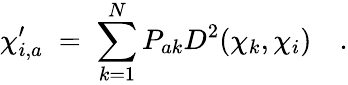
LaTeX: \chi_{i,a}^{\prime}\; =\; \sum_{k=1}^{N}P_{ak}D^{2}(\mathbf{\chi}_{k},\mathbf{\chi}_{i})\quad.